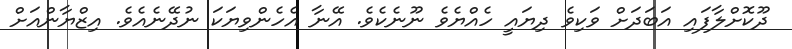
ދޫކޮށްލާފައި އަބަދަށް ވަކިވެ ދިޔައީ ހެއްޔެވެ ނޫނެކެވެ. އޭނާ އެހެންވިޔަކަ ނުދޭނެއެވެ. އިޒްޔާންއަށް